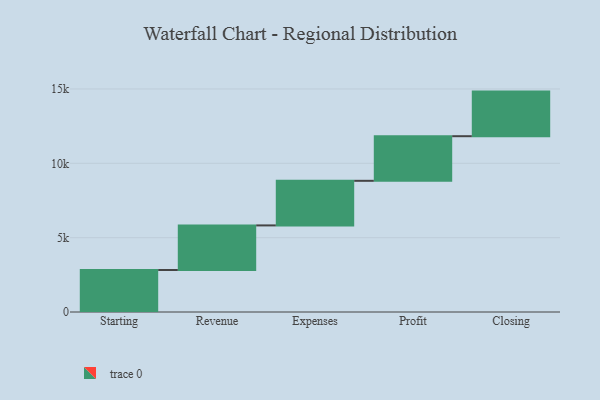
{"axis": {"x": "Step", "y": "Value"}, "legend": [""], "data": [{"x": "Starting", "y": 2824.0, "type": ""}, {"x": "Revenue", "y": 3000, "type": ""}, {"x": "Expenses", "y": 3000, "type": ""}, {"x": "Profit", "y": 3000, "type": ""}, {"x": "Closing", "y": 3000, "type": ""}]}